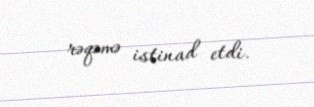
rəqəmə istinad etdi.